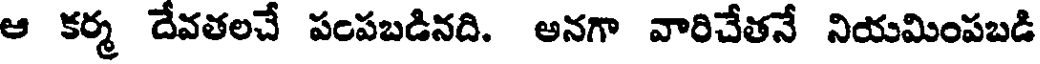
ఆ కర్మ దేవతలచే పంపబడినది. అనగా వారిచేతనే నియమింపబడి